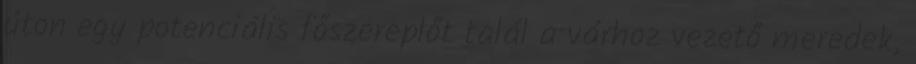
úton egy potenciális főszereplőt talál a várhoz vezető meredek,